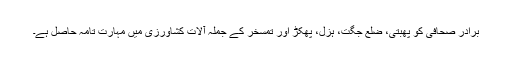
برادر صحافی کو پھبتی، ضلع جگت، ہزل، پھکڑ اور تمسخر کے جملہ آلات کشاورزی میں مہارت تامہ حاصل ہے۔